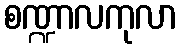
စဏ္ဍာလကုလာ